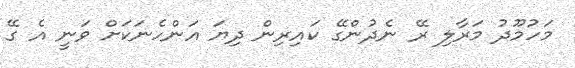
މަހުމޫދު މަރާލި ރޭ ނެދުންގޭ ކައިރިން ދިޔަ އަންހެނަކަށް ވަނީ އެ ގޭ